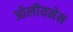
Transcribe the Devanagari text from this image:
ओलीयनेन